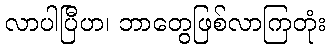
လာပါပြီဟ၊ ဘာတွေဖြစ်လာကြတုံး